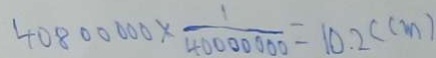
4 0 8 0 0 0 0 0 \times \frac { 1 } { 4 0 0 0 0 0 0 0 } = 1 0 . 2 ( c m )